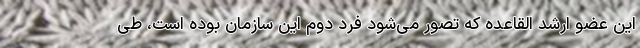
این عضو ارشد القاعده که تصور می‌شود فرد دوم این سازمان بوده است، طی